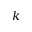
k